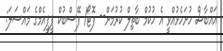
އައްބާސް ހުށަހެޅުއްވީ އެ ހުކުމް ބާތިލް ކުރުމަށް-- ފޮޓޯ/ ފޭސްބުކް ޕީޕީއެމްގެ މައްސަލަ: